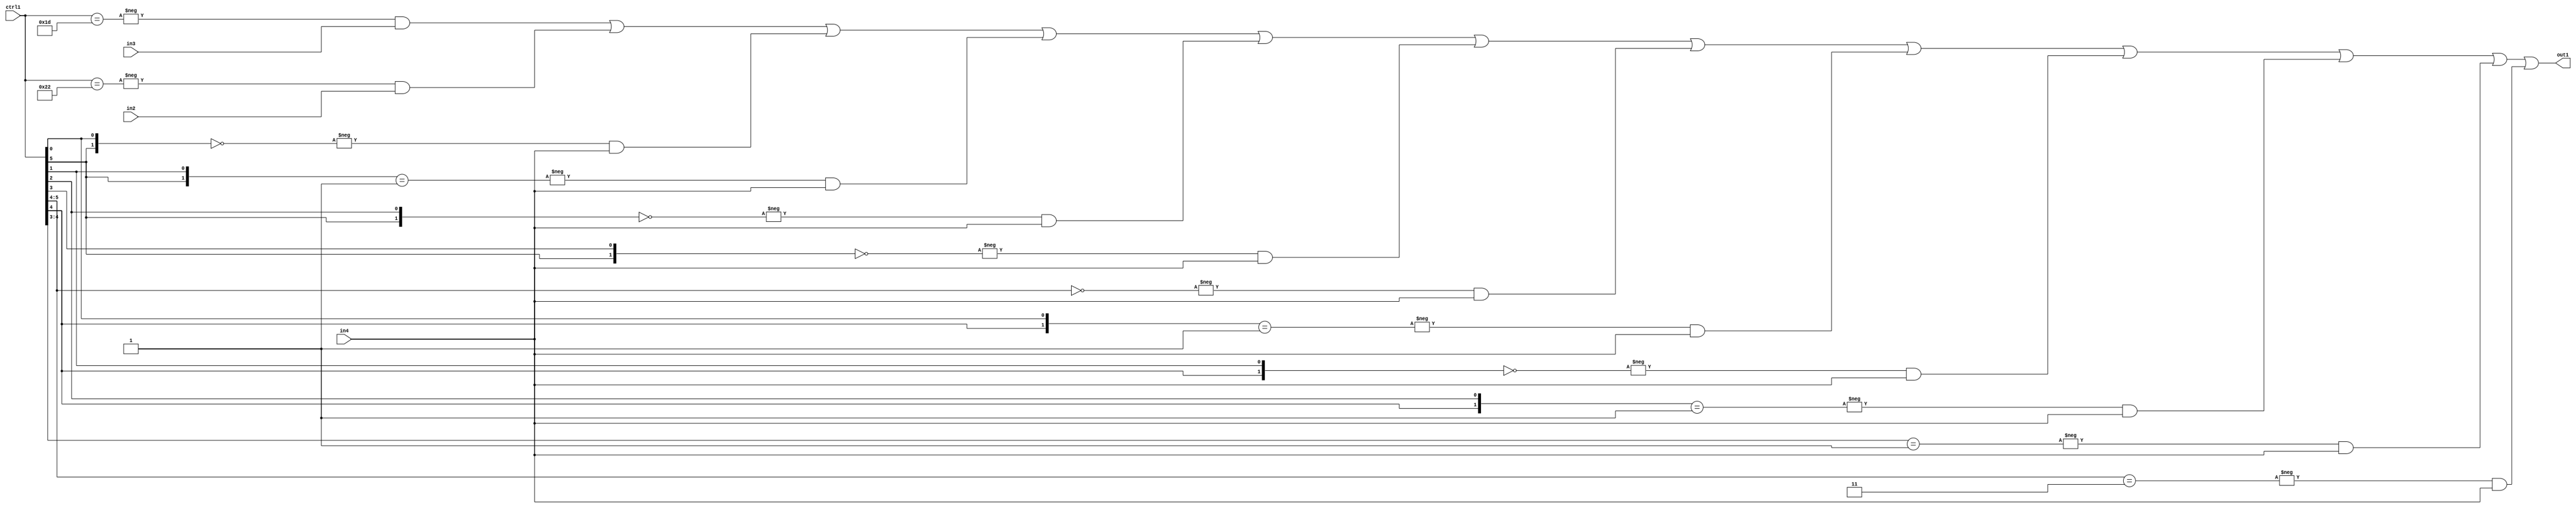
`timescale 1ps / 1ps
/*****************************************************************************
    Verilog RTL Description
    
    
    Created by: Stratus DpOpt 21.05.01 
*******************************************************************************/

module SobelFilter_N_Mux_32_3_87_4 (
	in4,
	in3,
	in2,
	ctrl1,
	out1
	); /* architecture "behavioural" */ 
input [31:0] in4;
input [8:0] in3,
	in2;
input [5:0] ctrl1;
output [31:0] out1;
wire [31:0] asc001;

assign asc001 = 
	-{ctrl1 == 6'B011101} & in3 |
	-{ctrl1 == 6'B100010} & in2 |
	-{{ctrl1[5], ctrl1[0]} == 2'B00} & in4 |
	-{{ctrl1[5], ctrl1[1]} == 2'B01} & in4 |
	-{{ctrl1[5], ctrl1[2]} == 2'B00} & in4 |
	-{{ctrl1[5], ctrl1[3]} == 2'B00} & in4 |
	-{ctrl1[5:4] == 2'B00} & in4 |
	-{{ctrl1[4], ctrl1[0]} == 2'B01} & in4 |
	-{{ctrl1[4], ctrl1[1]} == 2'B00} & in4 |
	-{{ctrl1[4], ctrl1[2]} == 2'B01} & in4 |
	-{ctrl1[4:3] == 2'B01} & in4 |
	-{ctrl1[5:4] == 2'B11} & in4 ;

assign out1 = asc001;
endmodule

/* CADENCE  vLHwTQg= : u9/ySxbfrwZIxEzHVQQV8Q== ** DO NOT EDIT THIS LINE ******/